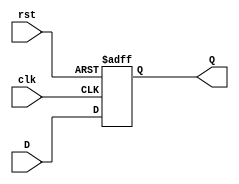
`timescale 1ns / 1ps
//////////////////////////////////////////////////////////////////////////////////
// Company: 
// Engineer: 
// 
// Design Name: 
// Module Name: one_bit_FF
// Project Name: 
// Target Devices: 
// Tool Versions: 
// Description: 
// 
// Dependencies: 
// 
// Revision:
// Revision 0.01 - File Created
// Additional Comments:
// 
//////////////////////////////////////////////////////////////////////////////////


module one_bit_FF(
    input D,
    input rst,
    input clk,
    output reg Q
    );
    always @(posedge clk or posedge rst) begin
    if(rst) begin
    Q <= 1'b0;
    end 
    else begin
    Q <= D;
    
    end
    end
endmodule